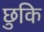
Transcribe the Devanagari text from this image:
छुकि